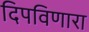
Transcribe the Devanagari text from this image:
दिपविणारा